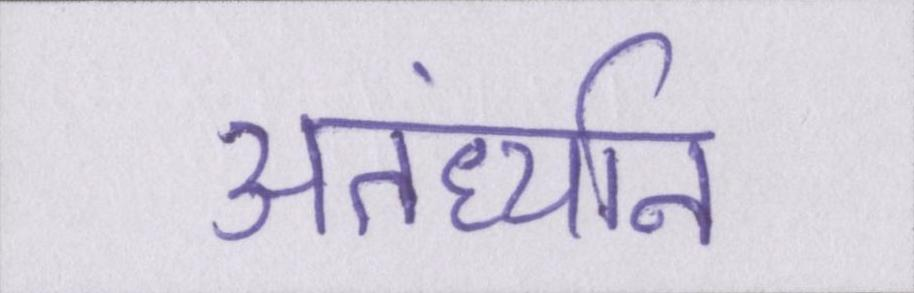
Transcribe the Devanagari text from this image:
अंतर्ध्यान